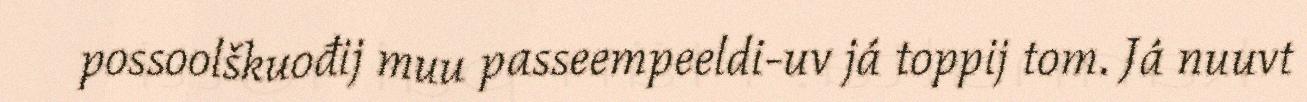
possoolškuođij muu passeempeeldi-uv já toppij tom. Já nuuvt